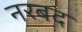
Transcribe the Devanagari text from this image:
नरबद